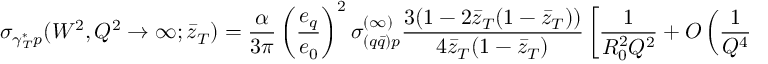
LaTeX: { \sigma } _ { { \gamma } _ { T } ^ { \ast } p } ( W ^ { 2 } , Q ^ { 2 } \to \infty ; { \bar { z } } _ { T } ) = \frac { \alpha } { 3 \pi } \left( \frac { e _ { q } } { e _ { 0 } } \right) ^ { 2 } { \sigma } _ { ( q { \bar { q } } ) p } ^ { ( \infty ) } \frac { 3 ( 1 - 2 { \bar { z } } _ { T } ( 1 - { \bar { z } } _ { T } ) ) } { 4 { \bar { z } } _ { T } ( 1 - { \bar { z } } _ { T } ) } \left\lbrack \frac { 1 } { R _ { 0 } ^ { 2 } Q ^ { 2 } } + { \cal O } \left( \frac { 1 } { Q ^ { 4 } } \right) \right\rbrack \ .